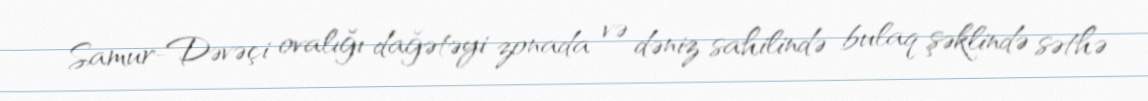
Samur-Dəvəçi ovalığı dağətəyi zonada və dəniz sahilində bulaq şəklində səthə